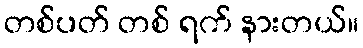
တစ်ပတ် တစ် ရက် နားတယ်။